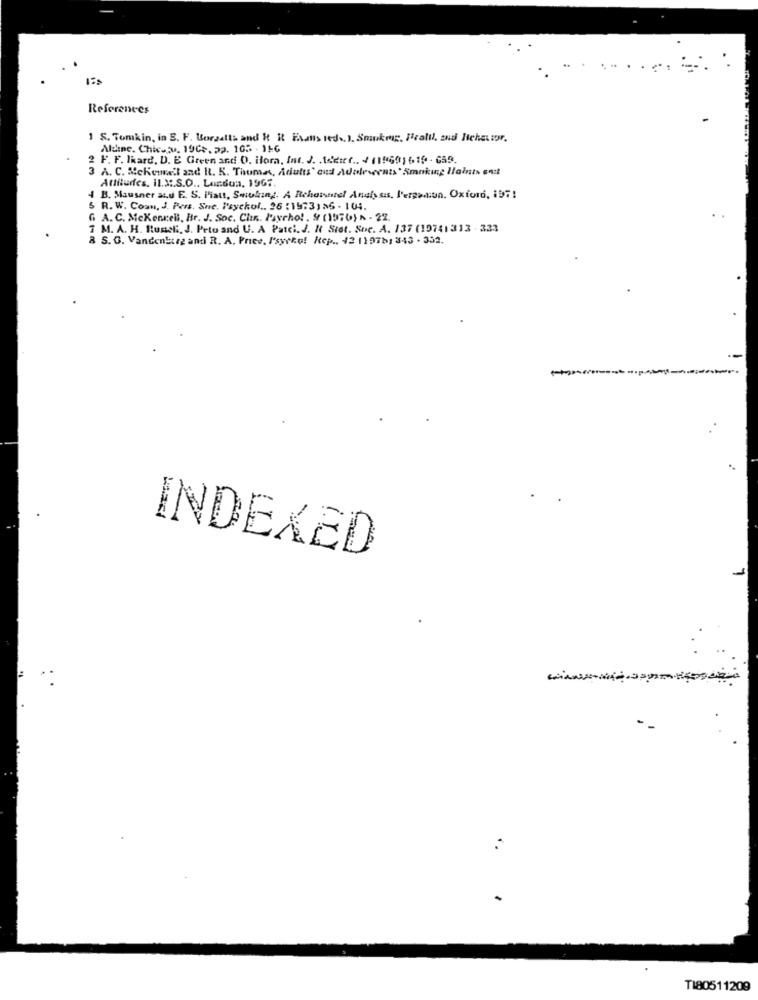
References
1 S. Tomkin, in B. F. Borzalts and R Rt Falls redo. ). Sminkmr. Pealil, and Wichstor.
Aldine. Chicobu, 19Cs. pp. 105 - 11-6
2 F. F. lkard, D. E Green and 0. ilora, Int. J. . Iodie" .. 4 115601619 - 659.
3 A. C. Nekemit and R. K. Thomas, Adults' and Adolescents' Smoking laints out
Attitudes. Il.3 :. S.O .. Landon, 1967.
4 B. Mausner and E. S. Piatt, Smoking. A Rebornnel Analysis, Fergason. Oxford, 197!
5 R. W. Comn, J. Pers. She. Payekol .. 26 :1973) 35 - 104.
G A. C. MeKenkell, Br. J. Soc. Chr. Psycho! . $ (1976) A - 22.
7 M. A. H. Rumeli. J. Peto and U. A Patci. J. N Stet. Soc. A. 137 (19741 313 . 333
8 S. G. Vandenburg and R. A. Price, Psycho! Kep ., 42 1197b1 343 - 332.
INDEXED
TI80511209